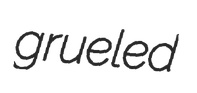
grueled